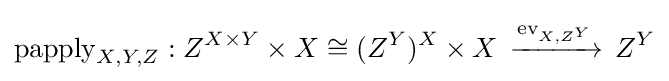
\mathrm {papply} _{X,Y,Z}:Z^{X\times Y}\times X\cong (Z^{Y})^{X}\times X\,\xrightarrow {\overset {}{\mathrm {ev} _{X,Z^{Y}}}} \,Z^{Y}